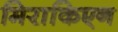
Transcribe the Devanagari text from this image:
मिराकिएन